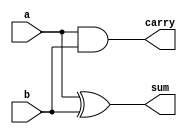
`timescale 1ns / 1ps
//////////////////////////////////////////////////////////////////////////////////
// Company: 
// Engineer: 
// 
// Design Name: 
// Module Name: Half_Adder_Gate
// Project Name: 
// Target Devices: 
// Tool Versions: 
// Description: 
// 
// Dependencies: 
// 
// Revision:
// Revision 0.01 - File Created
// Additional Comments:
// 
//////////////////////////////////////////////////////////////////////////////////


module Half_Adder_Gate(
input a,
input b,
output sum,
output carry
);
xor x1(sum,a,b);
and a1(carry,a,b);
endmodule